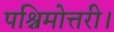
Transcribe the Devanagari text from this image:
पश्चिमोत्तरी।